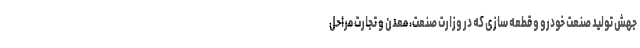
جهش تولید صنعت خودرو و قطعه سازی که در وزارت صنعت، معدن و تجارت مراحل